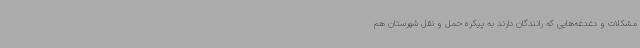
مشکلات و دغدغه‌هایی که رانندگان دارند به پیکره حمل و نقل شهرستان هم